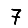
Digit: 7